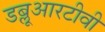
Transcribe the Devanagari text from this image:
डब्लूआरटीवी